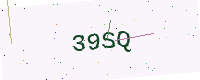
Text: 39SQ